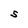
Character: S